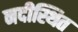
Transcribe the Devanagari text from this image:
नदीस्थित